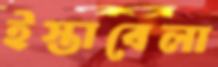
ইস্তাবেলা